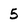
Character: 5